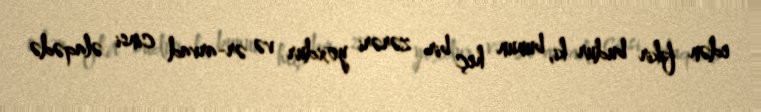
edən fikir budur ki, bunun heç bir zərəri yoxdur və ər-arvad cinsi əlaqədə